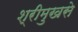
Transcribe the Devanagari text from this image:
श्रीमुखसे